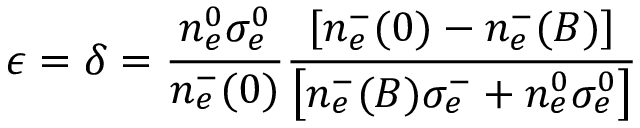
\epsilon = \delta = \frac { n _ { e } ^ { 0 } \sigma _ { e } ^ { 0 } } { n _ { e } ^ { - } ( 0 ) } \frac { \left[ n _ { e } ^ { - } ( 0 ) - n _ { e } ^ { - } ( B ) \right] } { \left[ n _ { e } ^ { - } ( B ) \sigma _ { e } ^ { - } + n _ { e } ^ { 0 } \sigma _ { e } ^ { 0 } \right] }